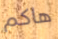
هاكم